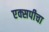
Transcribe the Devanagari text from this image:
एक्सपीचा